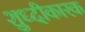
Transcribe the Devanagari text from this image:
शुध्दीकारक